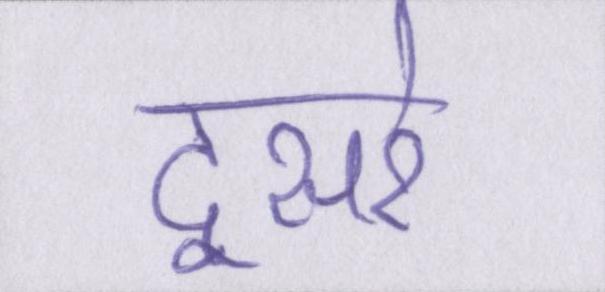
दूसरे